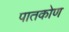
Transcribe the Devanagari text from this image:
पातकोण